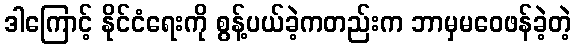
ဒါကြောင့် နိုင်ငံရေးကို စွန့်ပယ်ခဲ့ကတည်းက ဘာမှမဝေဖန်ခဲ့တဲ့